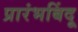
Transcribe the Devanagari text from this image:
प्रारंभबिंदू